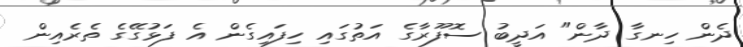
ދެން ހިނގާ ދާން" އަދީބު ސޮފޫރާގެ އަތުގައި ހިފައިގެން އެ ފަޅުގޭގެ ތެރެއިން